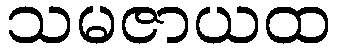
သမဇာယထ